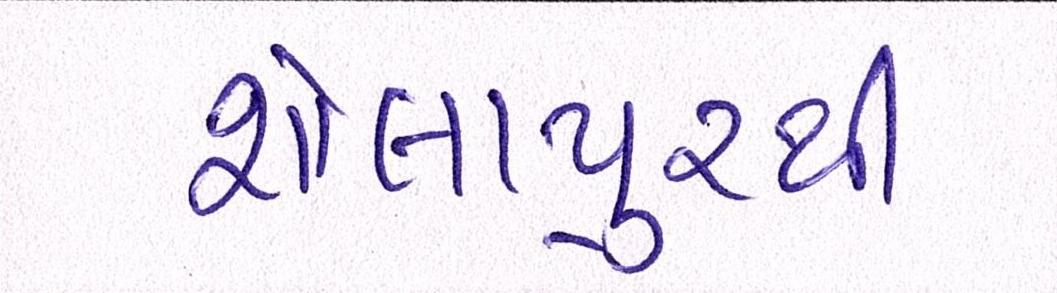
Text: શોલાપુરથી